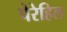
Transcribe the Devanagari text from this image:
पेरेहिल